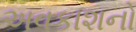
અવકાશનો